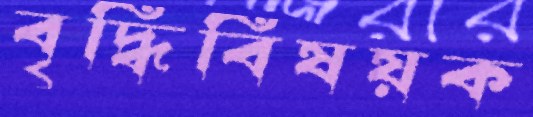
বৃদ্ধিবিষয়ক